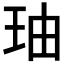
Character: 𤤧